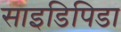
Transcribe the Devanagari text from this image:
साइडिपिडा